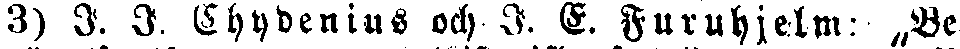
3) I. I. Chydenius och I. E. Furuhjelm: „Be